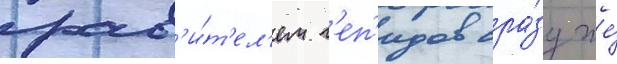
прав'и́т'ел'ем г'еп'идов сра́зу же́